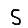
Digit: 5